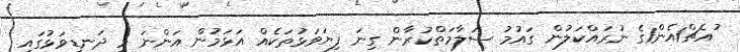
ުއެޗް1އެން1ގެ ނުރައްކަލުން ގައުމު ސަލާމަތްކުރާން ގިނަ ފިޔަވަޅުތަކެއް އަޅަމުން އަންނަ މި ދަނޑިވަޅުގައި